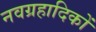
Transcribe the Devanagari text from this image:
नवग्रहादिकों